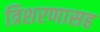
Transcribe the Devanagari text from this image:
त्रिशरणासह